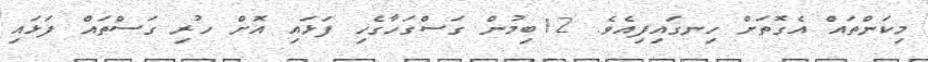
މިކަންތައް އެގޮތަށް ހިނގައިފިއެވެ. 12ބިމުން ގަސްގަހާގެހި ފަޅައި އޮށް ހުރި ގަސްތައް ފަޅައި